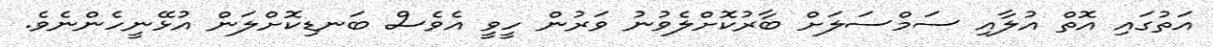
އަތުގައި އޮތް އުލާއި ސަމްސަލަށް ބާރުކޮށްލެވުނު ވަރުން ހީވީ އެވެސް ބަނޑިކޮށްލަން އުޅޭނީހެންނެވެ.